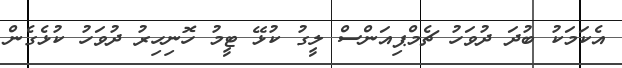
އެކަމަކު ބުދަ ދުވަހު ޗެމްޕިއަންސް ލީގު ކުޅޭ ޓީމު ހޮނިހިރު ދުވަހު ކުޅެގެން